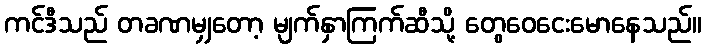
ကင်ဒီသည် တခဏမျှတော့ မျက်နှာကြက်ဆီသို့ တွေဝေငေးမောနေသည်။